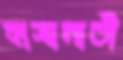
হাসানাতী